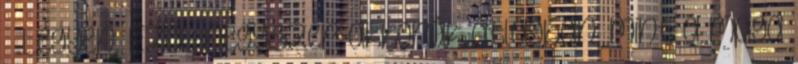
– Legyen. Ezek négyszer akkorák átlagban, mint a maga